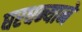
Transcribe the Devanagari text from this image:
घरधन्याने